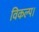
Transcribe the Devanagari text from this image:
विकल्प।